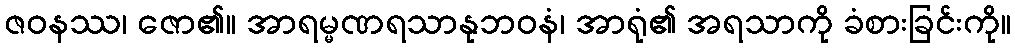
ဇဝနဿ၊ ဇော၏။ အာရမ္မဏရသာနုဘဝနံ၊ အာရုံ၏ အရသာကို ခံစားခြင်းကို။